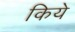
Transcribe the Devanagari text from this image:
किये